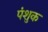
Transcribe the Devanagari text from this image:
पंशुक